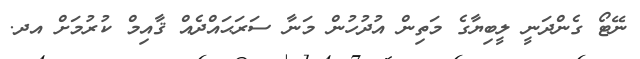
ނޭޓޯ ގެންދަނީ ލީބިޔާގެ މަތިން އުދުހުން މަނާ ސަރަޙައްދެއް ޤާއިމް ކުރުމަށް އދ.